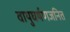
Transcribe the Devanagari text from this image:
वायुघर्षणजनित